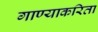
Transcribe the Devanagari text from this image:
गाण्याकरिता